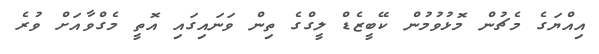
އިއްޔަގެ މެޗުން މޮޅުވުމުން ކޭބީޒެޑް ލީގްގެ ތިން ވަނައިގައި އޮތީ މެގްވާއަށް ވުރެ